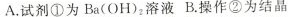
A.试剂①为Ba(OH)^{2}溶液 B.操作②为结晶